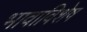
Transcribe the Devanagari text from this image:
भावाविशेष